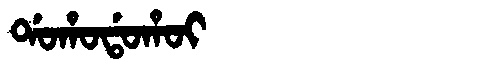
Manchu: ᡩᠣᡥᠣᡩᠣᡥᠣᡳ
Romanization: DOHODOHOI